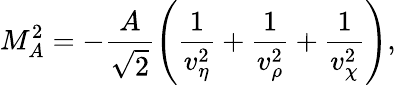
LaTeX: M_{A}^{2}=-\frac{A}{\sqrt 2}\left(\frac{1}{v_{\eta}^{2}}+\frac{1}{v_{\rho}^{2}}+\frac{1}{v_{\chi}^{2}}\right),